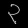
Digit: ၃